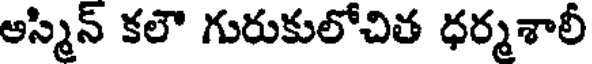
ఆస్మిన్ కలౌ గురుకులోచిత ధర్మశాలీ